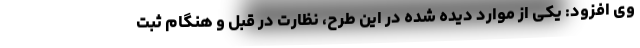
وی افزود: یکی از موارد دیده شده در این طرح، نظارت در قبل و هنگام ثبت